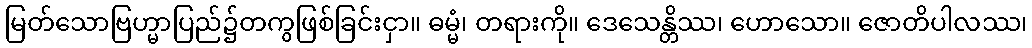
မြတ်သောဗြဟ္မာပြည်၌တကွဖြစ်ခြင်းငှာ။ ဓမ္မံ၊ တရားကို။ ဒေသေန္တိဿ၊ ဟောသော။ ဇောတိပါလဿ၊